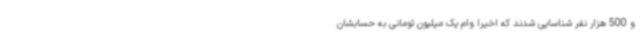
و 500 هزار نفر شناسایی شدند که اخیرا وام یک میلیون تومانی به حسابشان